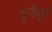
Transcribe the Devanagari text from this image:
कूपीकूर्च